Report on sanitation, dispensaries, and jails in Rajputana for 1919, and on vaccination for the year 1919-1920 - 1919-1920
Year: 1919
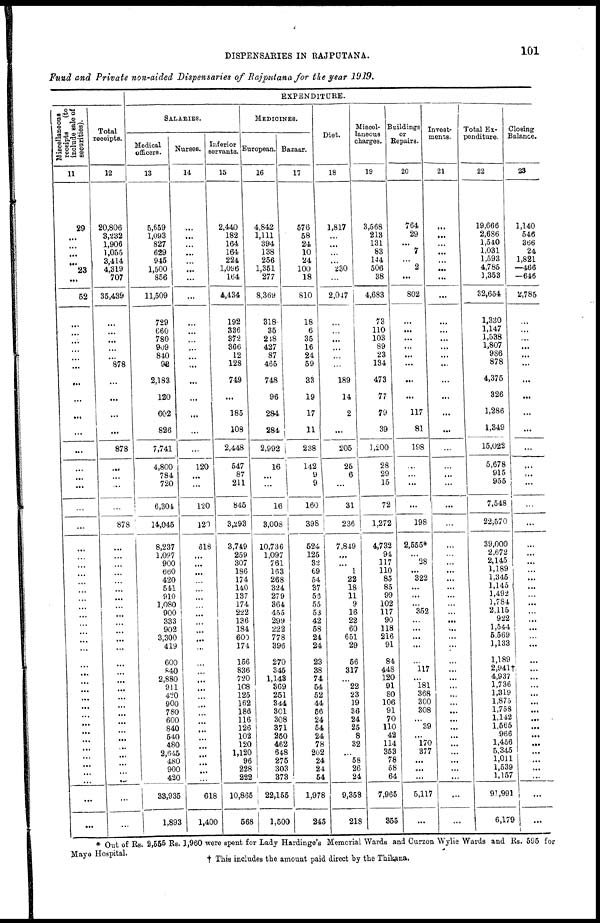
DISPENSARIES IN RAJPUTANA.
101
Fund and Private non-aided Dispensaries
of Rajputana for the year 1919.
Miscellaneous
receipts (to
include sale of
securities).
11
29
...
...
...
...
23
...
52
...
...
...
...
...
...
...
...
...
...
...
...
...
...
...
...
...
...
...
...
...
...
...
...
...
...
...
...
...
...
...
...
...
...
...
...
...
...
...
...
...
...
...
...
...
...
Total
receipts.
12
20,806
3,232
1,906
1,055
3,414
4,319
707
35,439
...
...
...
...
...
878
...
...
...
...
878
...
...
...
...
878
...
...
...
...
...
...
...
...
...
...
...
...
...
...
...
...
...
...
...
...
...
...
...
...
...
...
...
...
...
...
EXPENDITURE.
SALARIES.
Medical
officers.
13
5,659
1,093
827
629
945
1,500
856
11,509
729
660
780
909
840
92
2,183
120
602
826
7,741
4,800
784
720
6,304
14,045
8,237
1,097
900
660
420
541
910
1,080
900
333
902
3,300
419
600
840
2,880
911
420
900
780
600
840
540
480
2,645
480
900
420
33,935
1,893
Nurses.
14
...
...
...
...
...
...
...
...
...
...
...
...
...
...
...
...
...
...
...
120
...
...
120
120
618
...
...
...
...
...
...
...
...
...
...
...
...
...
...
...
...
...
...
...
...
...
...
...
...
...
...
...
618
1,400
Inferior
servants.
15
2,440
182
164
164
224
1,096
164
4,434
192
336
372
366
12
128
749
...
185
108
2,448
547
87
211
845
3,293
3,749
259
307
186
174
140
137
174
222
136
184
600
174
156
836
720
108
125
162
186
116
126
102
120
1,120
96
228
222
10,865
568
MEDICINES.
European.
16
4,842
1,111
394
138
256
1,351
277
8,369
318
35
218
427
87
465
748
96
284
284
2,992
16
...
...
16
3,008
10,736
1,097
761
163
268
324
279
364
455
299
222
778
396
270
345
1,143
369
251
344
301
308
371
250
462
648
275
303
373
22,155
1,500
Bazaar.
17
576
58
24
10
24
100
18
810
18
6
35
16
24
59
33
19
17
11
238
142
9
9
160
398
524
125
32
69
54
37
56
55
53
42
58
24
24
23
38
74
54
52
44
56
24
54
24
78
202
24
24
54
1,978
245
Diet.
18
1,817
...
...
...
...
230
...
2,047
...
...
...
...
...
...
189
14
2
...
205
25
6
...
31
236
7,849
...
...
1
22
18
11
9
16
22
60
651
29
56
317
...
22
23
19
36
24
25
8
32
...
58
26
24
9,358
218
Miscel-
laneous
charges.
19
3,568
213
131
83
144
506
38
4,683
73
110
103
89
23
134
473
77
79
39
1,200
28
29
15
72
1,272
4,732
94
117
110
85
85
99
102
117
90
118
216
91
84
448
120
91
80
106
91
70
110
42
114
353
78
58
64
7,965
355
Buildings
or
Repaira.
20
764
29
...
7
...
2
...
802
...
...
...
...
...
...
...
...
117
81
198
...
...
...
...
198
2,555*
...
28
...
322
...
...
...
352
...
...
...
...
...
117
...
181
368
300
308
...
39
...
170
377
...
...
...
5,117
...
Invest-
ments.
21
...
...
...
...
...
...
...
...
...
...
...
...
...
...
...
...
...
...
...
...
...
...
...
...
...
...
...
...
...
...
...
...
...
...
...
...
...
...
...
...
...
...
...
...
...
...
...
...
...
...
...
...
...
...
Total Ex-
penditure.
22
19,666
2,686
1,540
1,031
1,593
4,785
1,353
32,654
1,330
1,147
1,538
1,807
986
878
4,375
326
1,286
1,349
15,022
5,678
915
955
7,548
22,570
39,000
2,672
2,145
1,189
1,345
1,145
1,492
1,784
2,115
922
1,544
5,569
1,133
1,189
2,941†
4,937
1,736
1,319
1,875
1,758
1,142
1,565
966
1,456
5,345
1,011
1,539
1,157
91,991
6,179
Closing
Balance.
23
1,140
546
366
24
1,821
—466
—646
2,785
...
...
...
...
...
...
...
...
...
...
...
...
...
...
...
...
...
...
...
...
...
...
...
...
...
...
...
...
...
...
...
...
...
...
...
...
...
...
...
...
...
...
...
...
...
...
* Out of Rs. 2,555 Rs. 1,960 were spent for Lady Hardinge's Memorial Wards and Curzon Wylie Wards and Rs. 595 for
Mayo Hospital.
† This includes the amount paid direct by the Thikana.